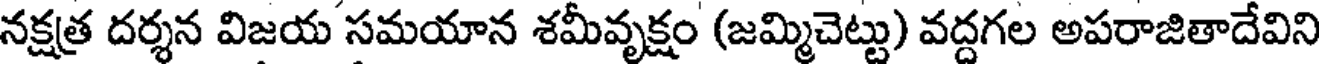
నక్షత్ర దర్శన విజయ సమయాన శమీవృక్షం (జమ్మిచెట్టు) వద్దగల అపరాజితాదేవిని